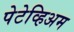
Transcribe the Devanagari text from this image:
पेटेव्हिअम